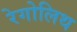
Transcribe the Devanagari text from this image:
रेगोलिथ